Leaving Certificate Examination (including Day School Certificate (Higher) General paper), 1930
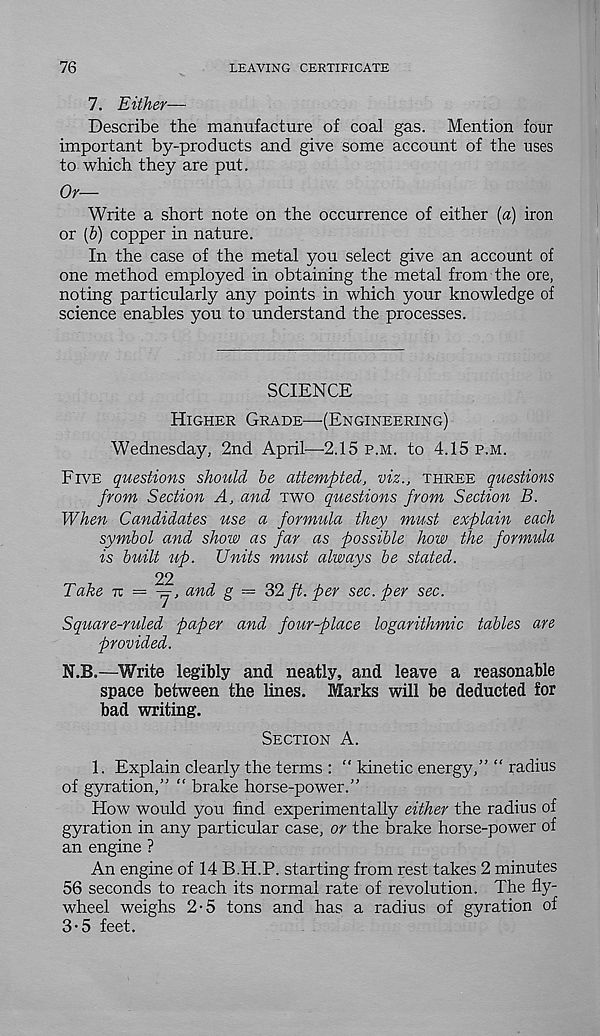
76
LEAVING CERTIFICATE
7. Either—
Describe the manufacture of coal gas. Mention four
important by-products and give some account of the uses
to which they are put.
Or—
Write a short note on the occurrence of either {a) iron
or (b) copper in nature.
In the case of the metal you select give an account of
one method employed in obtaining the metal from the ore,
noting particularly any points in which your knowledge of
science enables you to understand the processes.
SCIENCE
Higher Grade—(Engineering)
Wednesday, 2nd April—2.15 p.m. to 4.15 p.m.
Five questions should be attempted, viz., three questions
from Section A, and two questions from Section B.
When Candidates use a formula they must explain each
symbol and show as far as possible how the formula
is built up. Units must always be stated.
22
Take 7T = y, and g = 32 ft. per sec. per sec.
Square-ruled paper and four-place logarithmic tables are
provided.
N.B.—Write legibly and neatly, and leave a reasonable
space between the lines. Marks will be deducted for
bad writing.
Section A.
1. Explain clearly the terms : “ kinetic energy,” “ radius
of gyration,” “ brake horse-power.”
How would you find experimentally either the radius of
gyration in any particular case, or the brake horse-power of
an engine ?
An engine of 14 B.H.P. starting from rest takes 2 minutes
56 seconds to reach its normal rate of revolution. The fly-
wheel weighs 2-5 tons and has a radius of gyration of
3-5 feet.